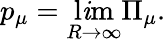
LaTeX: p_{\mu}=\operatorname*{l\mathit{i}m}_{R\to\infty}\Pi_{\mu}.